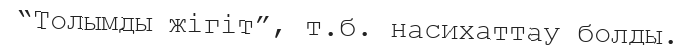
“Толымды жігіт”, т.б. насихаттау болды.